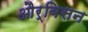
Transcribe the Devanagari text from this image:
और्बिसन